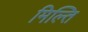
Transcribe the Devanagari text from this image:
मिल्ति